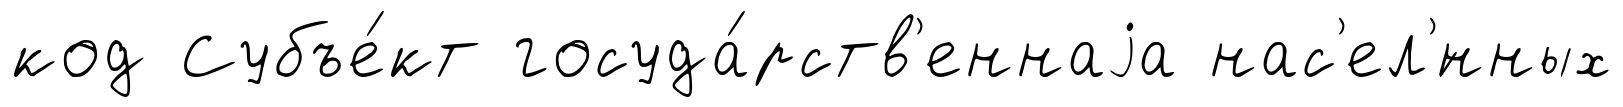
код Субъе́кт госуда́рств'еннаjа нас'ел'́нных